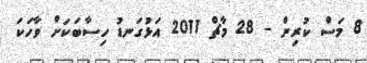
8 މަސް ކުރިން - 28 މާޗް 2011 އަޅުގަނޑު ހިސާބަކަށް ވާހަކަ